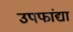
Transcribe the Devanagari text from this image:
उपफांद्या